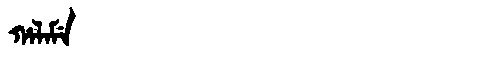
Manchu: ᡥᠠᠯᠠᠮᡝ
Romanization: HALAME